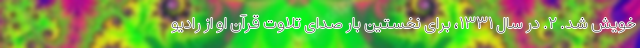
خویش شد. ۲. در سال ۱۳۳۱، برای نخستین بار صدای تلاوت قرآن او از رادیو